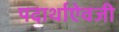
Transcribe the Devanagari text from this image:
पदार्थाऐवजी